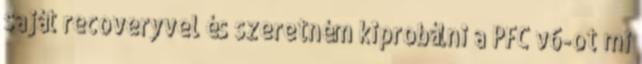
saját recoveryvel és szeretném kiprobálni a PFC v6-ot mi